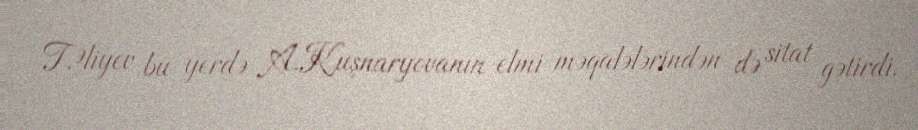
T.Əliyev bu yerdə A.Kuşnaryovanın elmi məqalələrindən də sitat gətirdi.